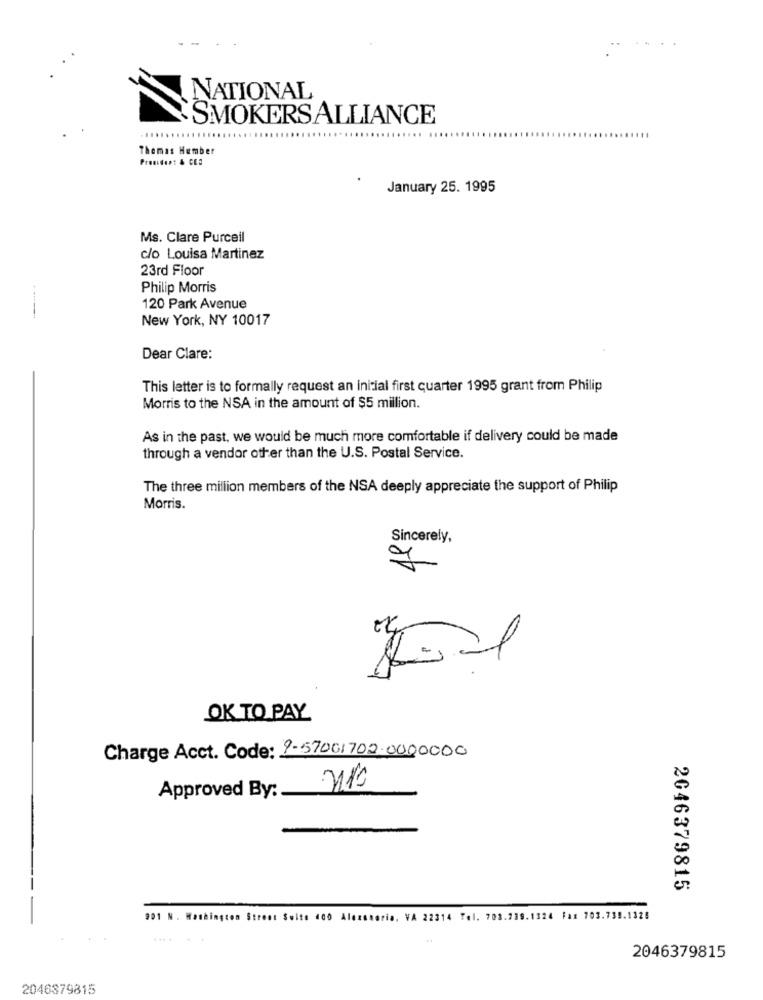
..
NATIONAL
SMOKERSALLIANCE
Thomas Hember
Presiden: & CEO
January 25. 1995
Ms. Clare Purcell
c/o Louisa Martinez
23rd Floor
Philip Morris
120 Park Avenue
New York, NY 10017
Dear Clare:
This letter is to formally request an initial first quarter 1995 grant from Philip
Morris to the NSA in the amount of $5 million.
As in the past, we would be much more comfortable if delivery could be made
through a vendor other than the U.S. Postal Service.
The three million members of the NSA deeply appreciate the support of Philip
Morris.
Sincerely,
OK TO PAY
Charge Acct. Code: 9-57001702.0000000
Approved By :.
2046379815
901 N . Washington Street Sulte 400 Alecstoria, VA 22314 Tel. 708.739.1324 Fax 703.739.1320
2046379815
2046379815